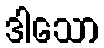
ဒါသော